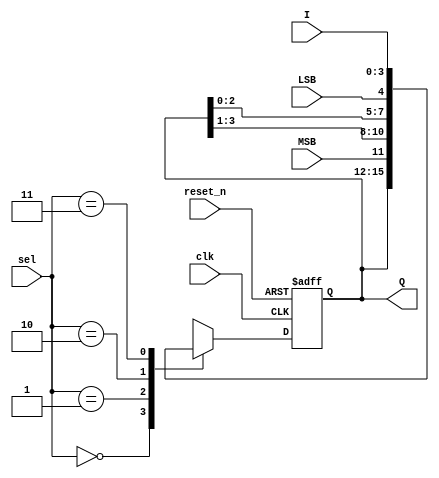
module univ_shift_reg
#(parameter N = 4)
 (
 input clk, reset_n,
 input [N-1:0] I,
 input MSB, LSB,
 input [1:0] sel,
 output [N-1:0] Q
 );
 reg [N-1:0] Q_reg, Q_next;
 always @(posedge clk, negedge reset_n)
 begin
        if(!reset_n)
        Q_reg <= 1'b0;
        else
        Q_reg <= Q_next;
 end
 always @(*)
 begin
    case(sel)
        2'b00 : Q_next = Q_reg;
        2'b01 : Q_next = {MSB, Q_reg[N-1:1]};
        2'b10 : Q_next = {Q_reg[N-2:0], LSB};
        2'b11 : Q_next = I;
        default : Q_next = Q_reg;
    endcase
 end
 assign Q = Q_reg;
endmodule